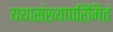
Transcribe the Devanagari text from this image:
यथासंख्यापरिमितं